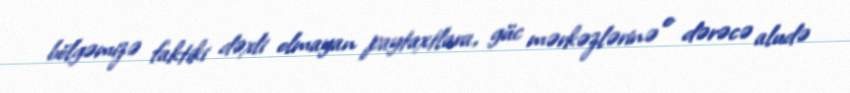
bölgəmizə faktiki dəxli olmayan paytaxtlara, güc mərkəzlərinə o dərəcə aludə